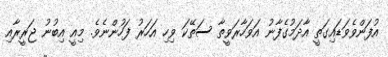
އުފަންވެވަޑައިގަތީ އާދަމުގެފާނު އަވަހާރަވީތާ ސަތޭކަ ވިހި އަހަރު ފަހުންނެވެ. މިއީ އިބުނު ޖަރީރާއި